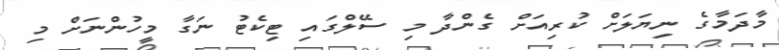
މާދަމާގެ ނިޔަލަށް ކުރިއަށް ގެންދާ މި ސޭލްގައި ޓިކެޓު ނަގާ މީހުންނަށް މި